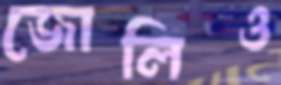
জোলিও